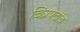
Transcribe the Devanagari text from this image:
चित्रपटांच